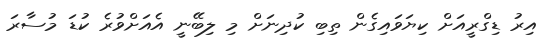
އިރު ޑިގްރީއަށް ކިޔަވައިގެން ތިބި ކުދިނަށް މި ލިބޭނީ އެއަށްވުރެ ކުޑަ މުސާރަ